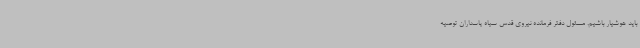
باید هوشیار باشیم. مسئول دفتر فرمانده نیروی قدس سپاه پاسداران توصیه